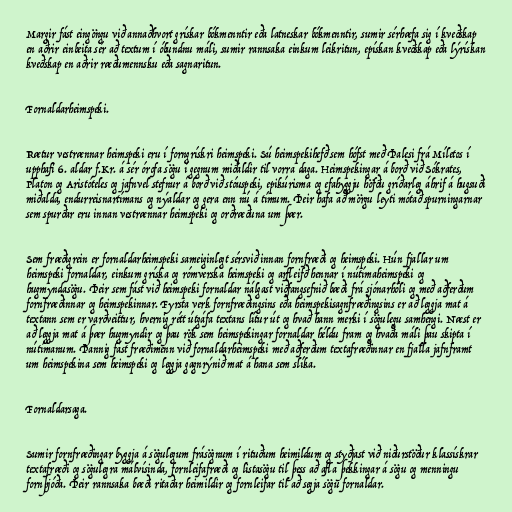
Margir fást eingöngu við annaðhvort grískar bókmenntir eða latneskar bókmenntir, sumir sérhæfa sig í kveðskap
en aðrir einbeita sér að textum í óbundnu máli, sumir rannsaka einkum leikritun, epískan kveðskap eða lýrískan
kveðskap en aðrir ræðumennsku eða sagnaritun.

Fornaldarheimspeki.

Rætur vestrænnar heimspeki eru í forngrískri heimspeki. Sú heimspekihefð sem hófst með Þalesi frá Míletos í
upphafi 6. aldar f.Kr. á sér órofa sögu í gegnum miðaldir til vorra daga. Heimspekingar á borð við Sókrates,
Platon og Aristóteles og jafnvel stefnur á borð við stóuspeki, epikúrisma og efahyggju höfðu gríðarleg áhrif á hugsuði
miðalda, endurreisnartímans og nýaldar og gera enn nú á tímum. Þeir hafa að mörgu leyti mótað spurningarnar
sem spurðar eru innan vestrænnar heimspeki og orðræðuna um þær.

Sem fræðigrein er fornaldarheimspeki sameiginlegt sérsvið innan fornfræði og heimspeki. Hún fjallar um
heimspeki fornaldar, einkum gríska og rómverska heimspeki og arfleifð hennar í nútímaheimspeki og
hugmyndasögu. Þeir sem fást við heimspeki fornaldar nálgast viðfangsefnið bæði frá sjónarhóli og með aðferðum
fornfræðinnar og heimspekinnar. Fyrsta verk fornfræðingsins eða heimspekisagnfræðingsins er að leggja mat á
textann sem er varðveittur, hvernig rétt útgáfa textans lítur út og hvað hann merki í sögulegu samhengi. Næst er
að leggja mat á þær hugmyndir og þau rök sem heimspekingar fornaldar héldu fram og hvaða máli þau skipta í
nútímanum. Þannig fást fræðimenn við fornaldarheimspeki með aðferðum textafræðinnar en fjalla jafnframt
um heimspekina sem heimspeki og leggja gagnrýnið mat á hana sem slíka.

Fornaldarsaga.

Sumir fornfræðingar byggja á sögulegum frásögnum í rituðum heimildum og styðjast við niðurstöður klassískrar
textafræði og sögulegra málvísinda, fornleifafræði og listasögu til þess að afla þekkingar á sögu og menningu
fornþjóða. Þeir rannsaka bæði ritaðar heimildir og fornleifar til að segja sögu fornaldar.